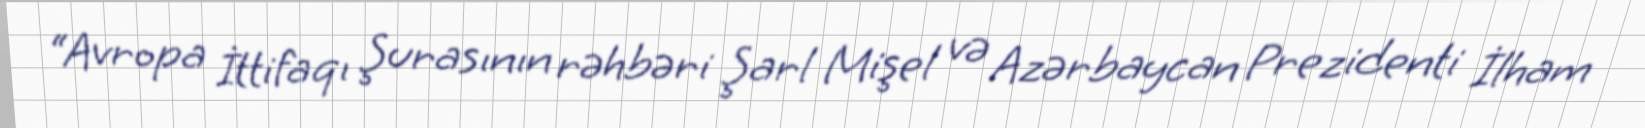
“Avropa İttifaqı Şurasının rəhbəri Şarl Mişel və Azərbaycan Prezidenti İlham